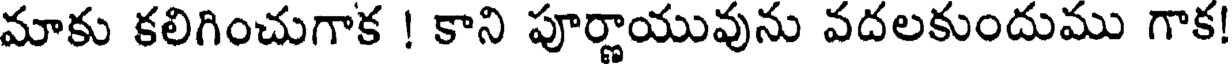
మాకు కలిగించుగాక ! కాని పూర్ణాయువును వదలకుందుము గాక!